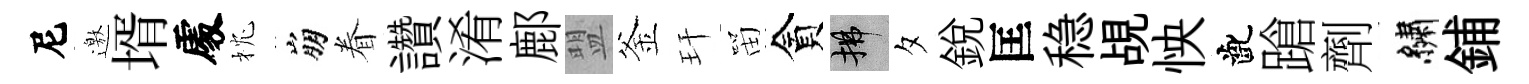
尼邀壻𠁅枕崩眷讚淆鄜盟釜玕㽞貪拂夕銳匡稳覘怏齔蹌劑繡鋪